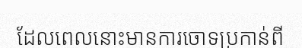
ដែលពេលនោះមានការចោទប្រកាន់ពី